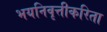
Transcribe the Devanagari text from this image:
भयनिवृत्तीकरिता